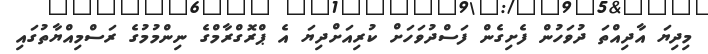
މިދިޔަ އާދިއްތަ ދުވަހުން ފެށިގެން ފަސްދުވަހަށް ކުރިއަށްދިޔަ އެ ޕްރޮގްރާމްގެ ނިންމުމުގެ ރަސްމިއްޔާތުގައި